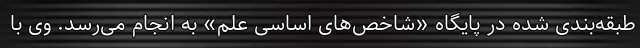
طبقه‌بندی شده در پایگاه «شاخص‌های اساسی علم» به انجام می‌رسد. وی با